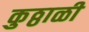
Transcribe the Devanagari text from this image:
कुठ्ठाळी